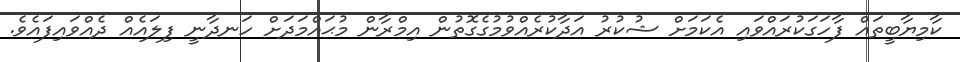
ކާމިޔާބީތައް ފާހަގަކުރައްވައި އެކަމަށް ޝުކުރު އަދާކުރެއްވުމުގެގޮތުން އިމްރާން މުޙައްމަދަށް ހަނދާނީ ފިލައެއް ދެއްވައިފައެވެ.